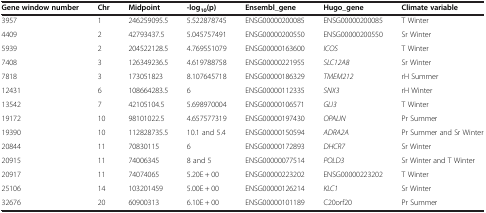
<table><thead><tr><td><b>Gene window number</b></td><td><b>Chr</b></td><td><b>Midpoint</b></td><td><b>-log<sub>10</sub>(p)</b></td><td><b>Ensembl_gene</b></td><td><b>Hugo_gene</b></td><td><b>Climate variable</b></td></tr></thead><tbody><tr><td>3957</td><td>1</td><td>246259095.5</td><td>5.522878745</td><td>ENSG00000200085</td><td>ENSG00000200085</td><td>T Winter</td></tr><tr><td>4409</td><td>2</td><td>42793437.5</td><td>5.045757491</td><td>ENSG00000200550</td><td>ENSG00000200550</td><td>Sr Winter</td></tr><tr><td>5939</td><td>2</td><td>204522128.5</td><td>4.769551079</td><td>ENSG00000163600</td><td><i>ICOS</i></td><td>T Winter</td></tr><tr><td>7408</td><td>3</td><td>126349236.5</td><td>4.619788758</td><td>ENSG00000221955</td><td><i>SLC12A8</i></td><td>Sr Winter</td></tr><tr><td>7818</td><td>3</td><td>173051823</td><td>8.107645718</td><td>ENSG00000186329</td><td><i>TMEM212</i></td><td>rH Summer</td></tr><tr><td>12431</td><td>6</td><td>108664283.5</td><td>6</td><td>ENSG00000112335</td><td><i>SNX3</i></td><td>rH Winter</td></tr><tr><td>13542</td><td>7</td><td>42105104.5</td><td>5.698970004</td><td>ENSG00000106571</td><td><i>GLI3</i></td><td>T Winter</td></tr><tr><td>19172</td><td>10</td><td>98101022.5</td><td>4.657577319</td><td>ENSG00000197430</td><td><i>OPALIN</i></td><td>Pr Summer</td></tr><tr><td>19390</td><td>10</td><td>112828735.5</td><td>10.1 and 5.4</td><td>ENSG00000150594</td><td><i>ADRA2A</i></td><td>Pr Summer and Sr Winter</td></tr><tr><td>20844</td><td>11</td><td>70830115</td><td>6</td><td>ENSG00000172893</td><td><i>DHCR7</i></td><td>Sr Winter</td></tr><tr><td>20915</td><td>11</td><td>74006345</td><td>8 and 5</td><td>ENSG00000077514</td><td><i>POLD3</i></td><td>Sr Winter and T Winter</td></tr><tr><td>20917</td><td>11</td><td>74074065</td><td>5.20E + 00</td><td>ENSG00000223202</td><td>ENSG00000223202</td><td>T Winter</td></tr><tr><td>25106</td><td>14</td><td>103201459</td><td>5.00E + 00</td><td>ENSG00000126214</td><td><i>KLC1</i></td><td>Sr Winter</td></tr><tr><td>32676</td><td>20</td><td>60900313</td><td>6.10E + 00</td><td>ENSG00000101189</td><td>C20orf20</td><td>Pr Summer</td></tr></tbody></table>